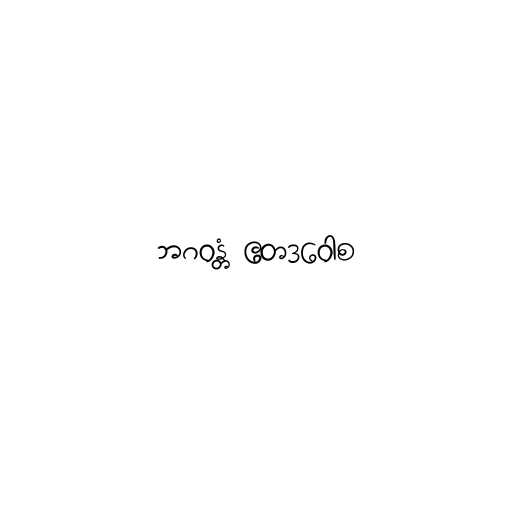
ဘဂဝန္တံ ဧတဒဝေါစ